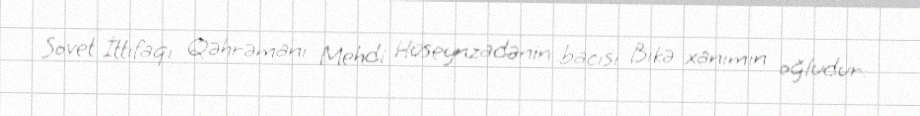
Sovet İttifaqı Qəhrəmanı Mehdi Hüseynzadənin bacısı Bikə xanımın oğludur.